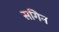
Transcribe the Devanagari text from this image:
सगिन